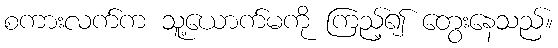
စကားလက်က သူ့ယောက်မကို ကြည့်၍ တွေးနေသည်။